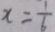
x = \frac { 1 } { 6 }